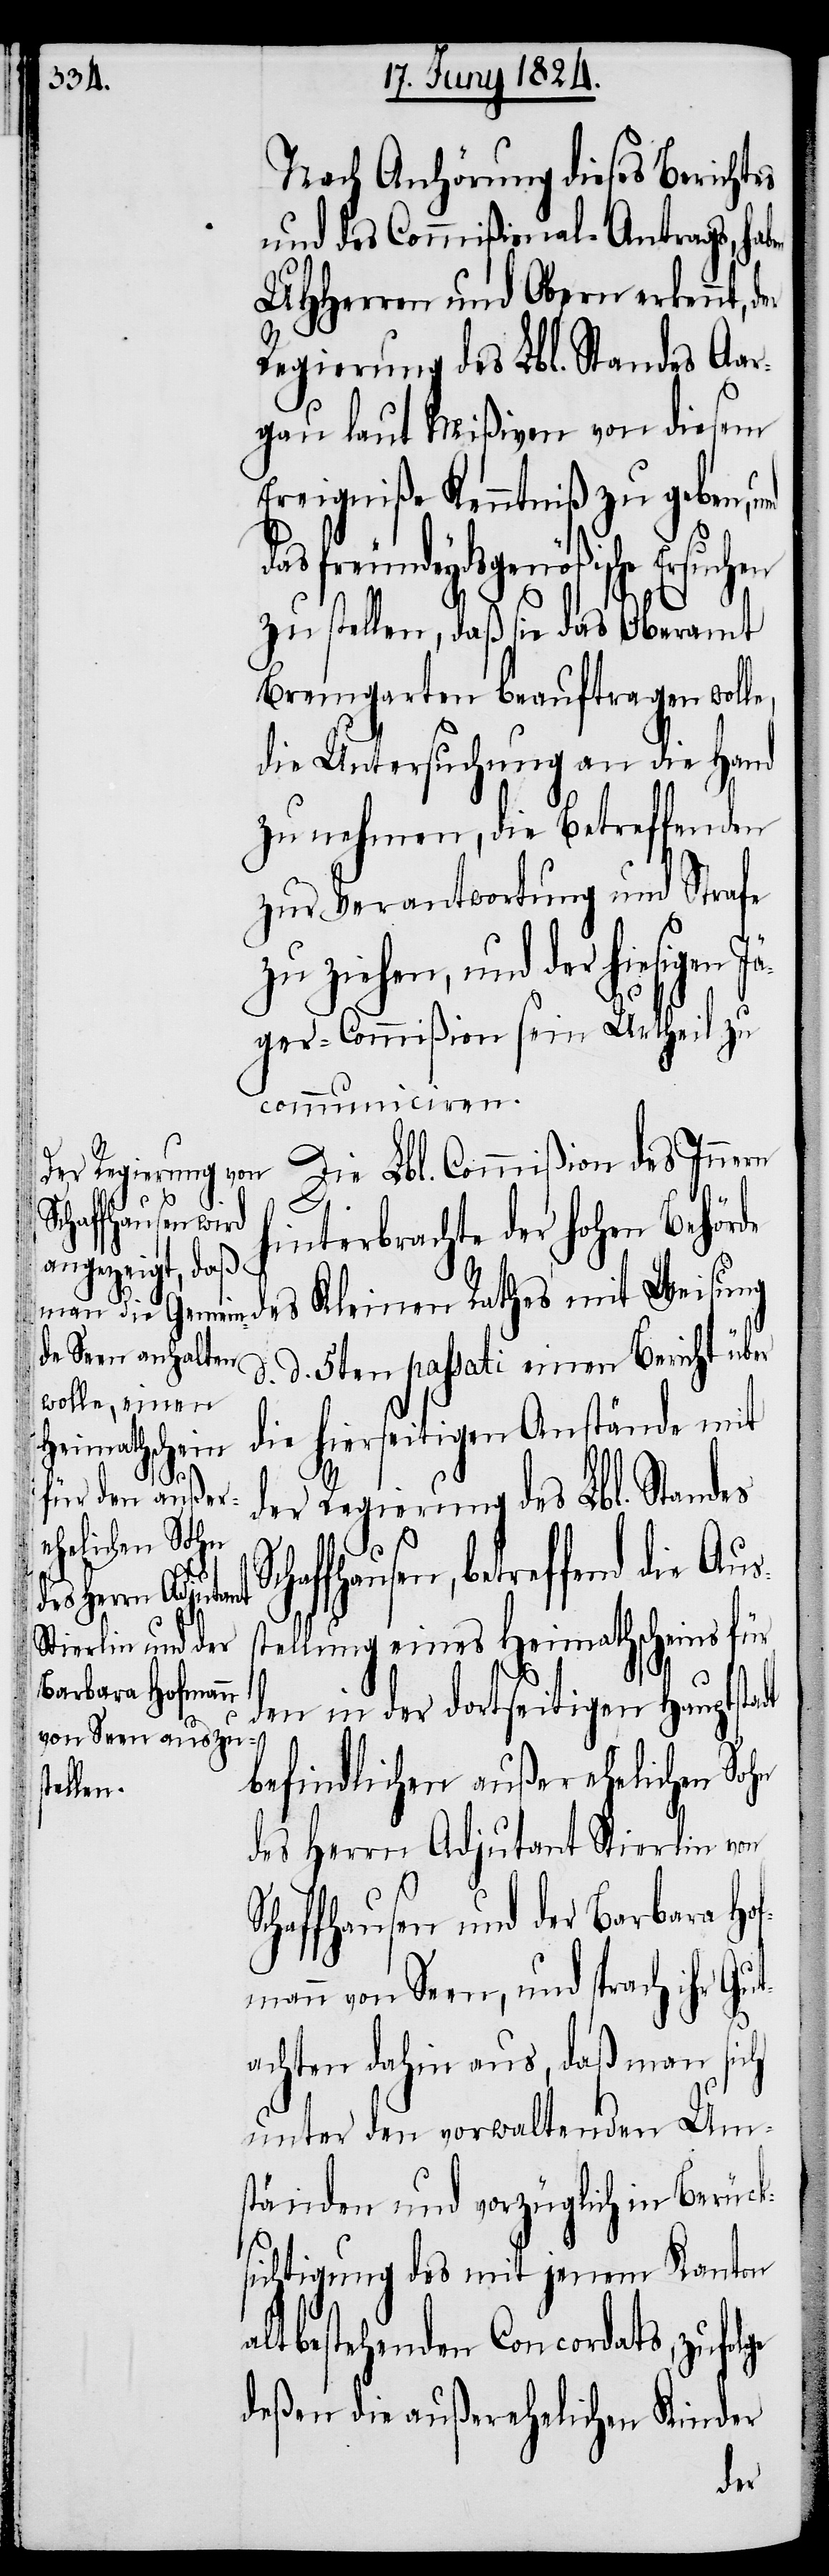
Nach Anhörung dieses Berichtes
und des Commißional-Antrags, hab¬
UHHerren und Obern erkennt,
Regierung des Lbl. Standes Aar¬
gau laut Mißiven von diesem
Ereigniße Kenntniß zu geben,
Kleinen Rathes mit Weisung
zu stellen, daß sie das Oberamt
Bremgarten beauftragen wolle,
die Untersuchung an die Hand
zu nehmen, die Betreffenden
zur Verantwortung und Strafe
lge
zu ziehen, und der hiesigen
ger-Commißion sein Urtheil zu
communiciren.
Die Lbl. Commißion des Innern
Schaffhausen und
hinterbrachte der hohen Behörde
d. d. 5ten passati einen Bericht über
die hierseitigen Anstände mit
der Regierung des Lbl. Standes
treffend die Au¬
tellung eines Heimathscheins für
Barbara Hofman¬
den in der dortseitigen Hauptsta¬
befindlichen außerehelichen Sohn
des Herrn Adjutant Stierlin von
n von Seen, und sprach ihr Gut¬
dt
achten dahin aus, das man sich
unter den vorwaltenden Um¬
ständen und vorzüglich in Berück¬
sichtigung des mit jenem Kanton
altbestehenden Concordats, zufo¬
deßen die außerehelichen Kinder
der